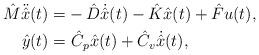
LaTeX: \begin{align*}\hat{M} \ddot{\hat{x}}(t)= & - \hat{D} \dot{\hat{x}}(t) - \hat{K} \hat{x}(t) + \hat{F} u(t), \\ \hat{y}(t)= & \ \hat{C}_{p} \hat{x}(t) + \hat{C}_{v} \dot{\hat{x}}(t), \end{align*}